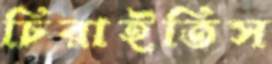
চিরাইতিস